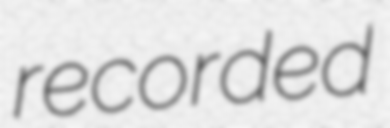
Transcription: recorded